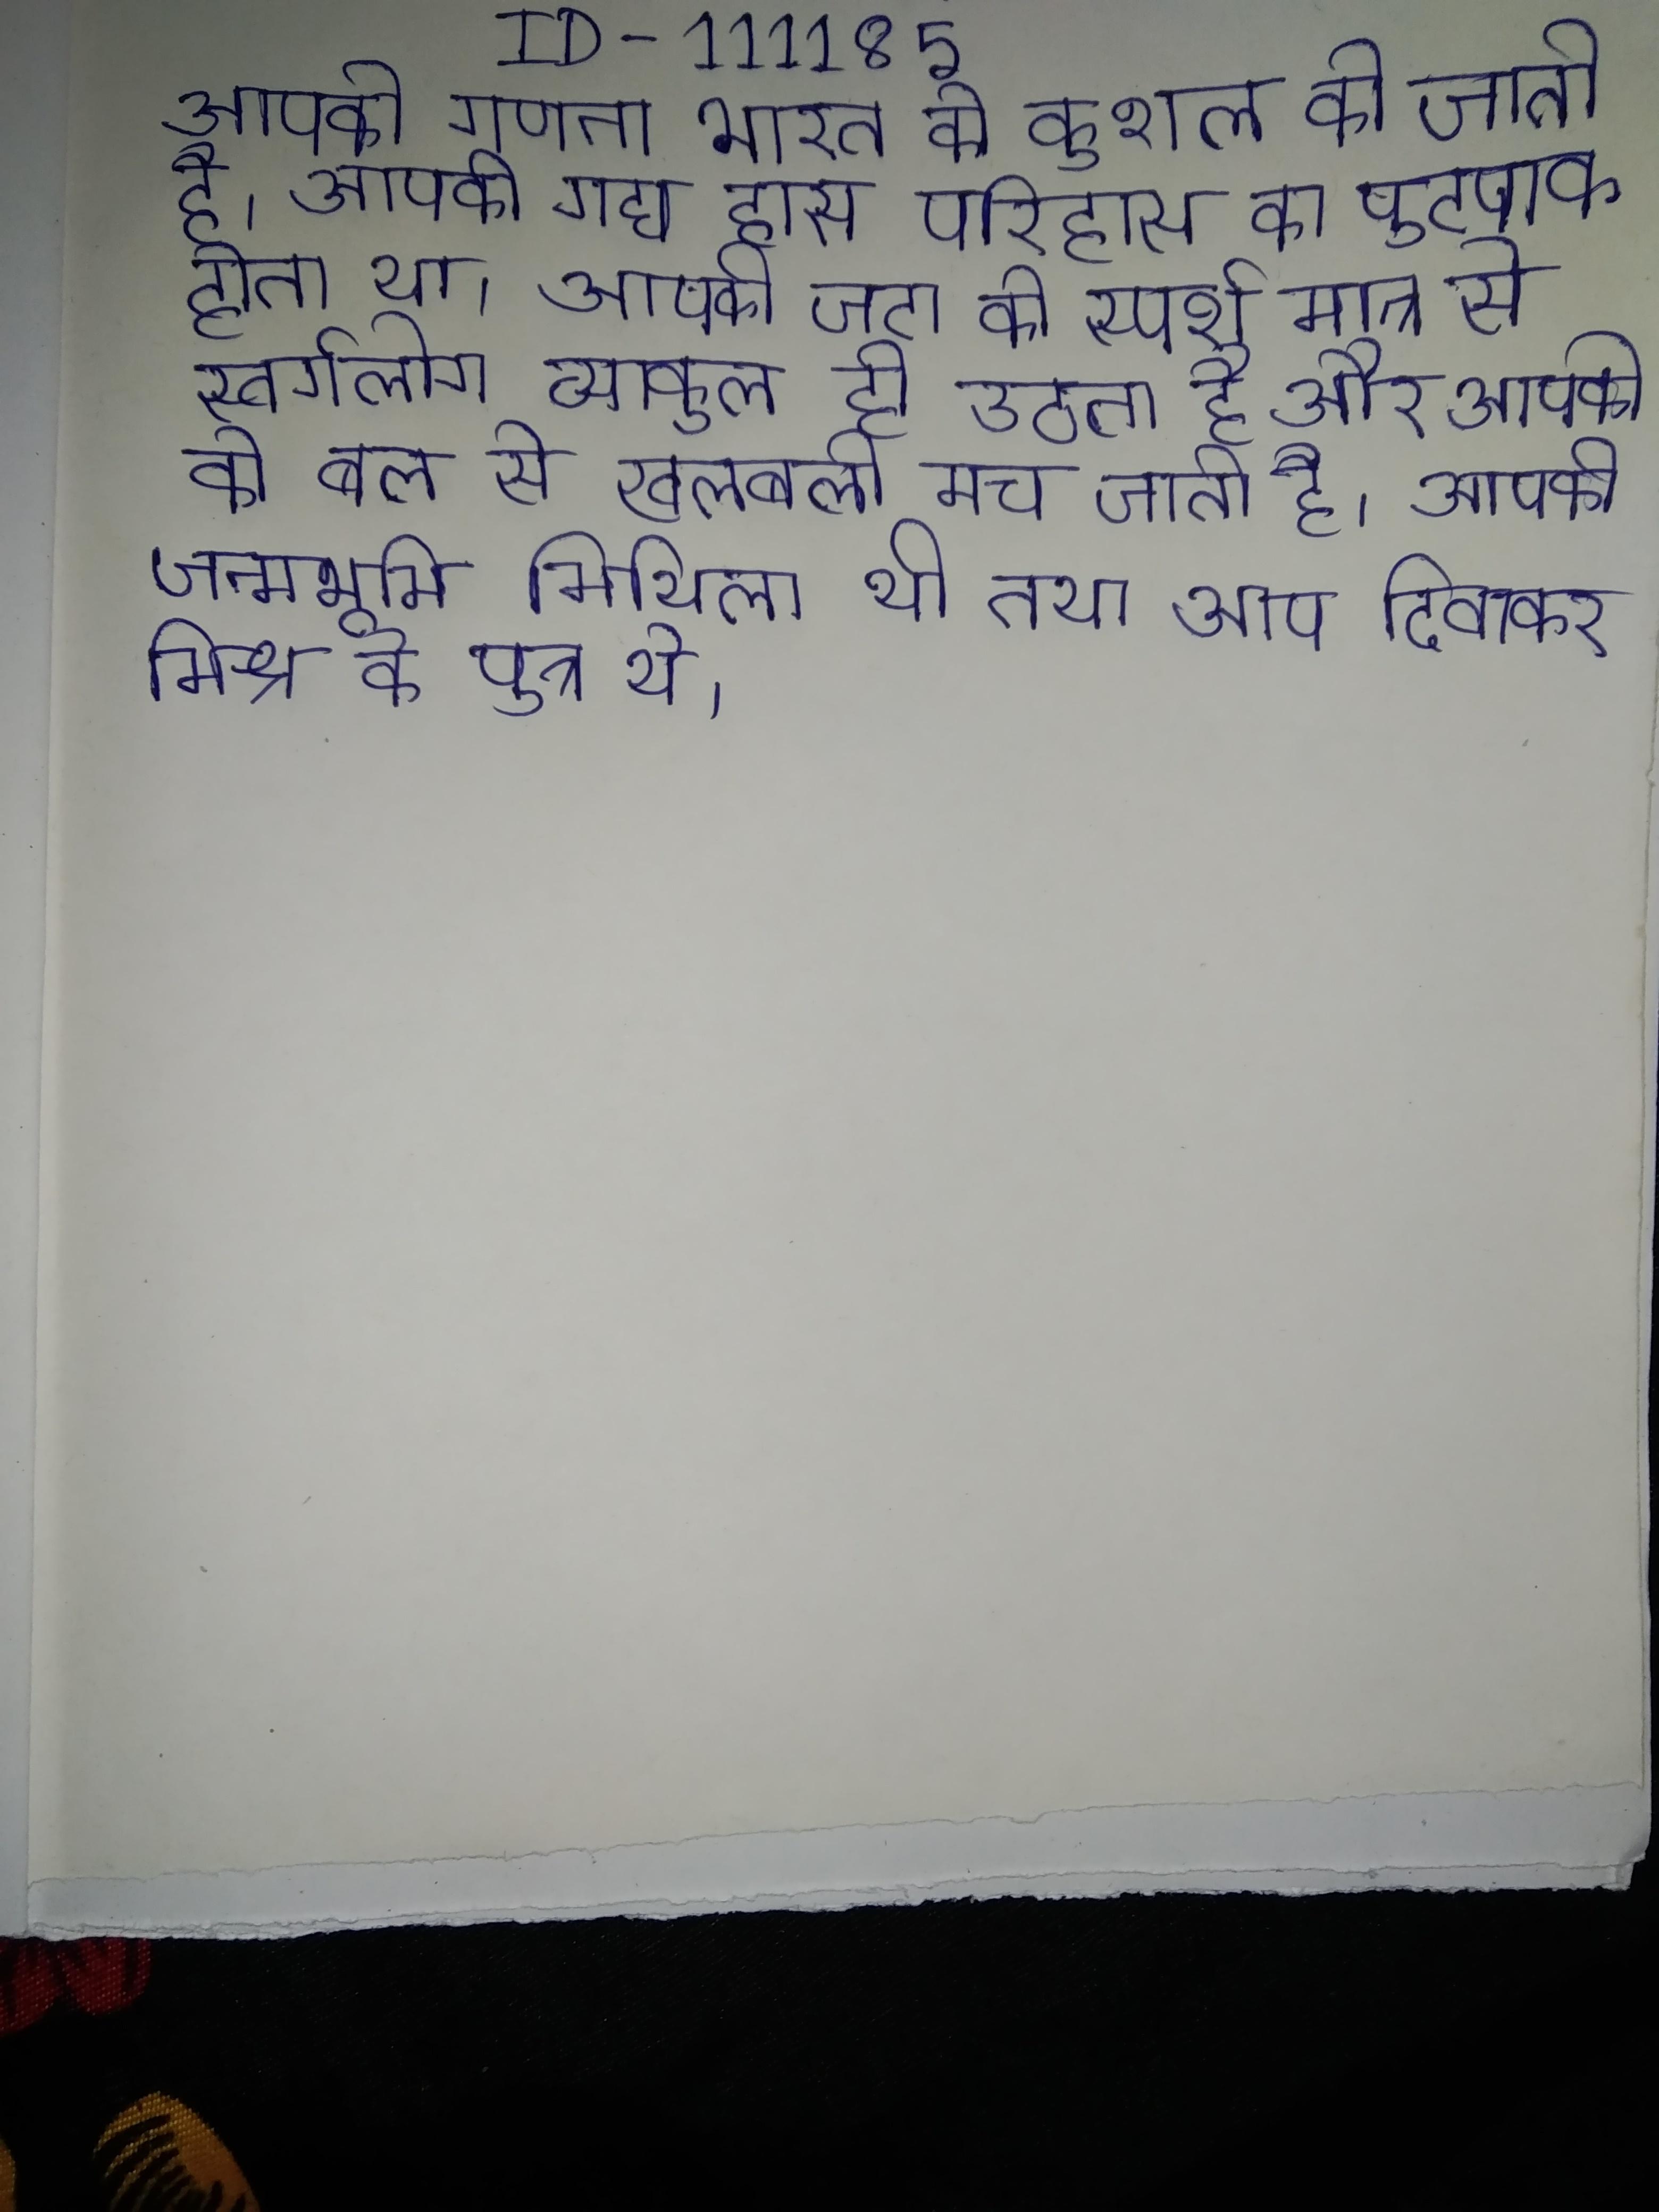
आपकी गणना भारत के कुशल की जाती है । आपकी गद्य हास परिहास का पुटपाक होता था । आपकी जटा के स्पर्श मात्र से स्वर्गलोग व्याकुल हो उठता है और आपकी के बल से खलबली मच जाती है । आपकी जन्मभूमि मिथिला थी तथा आप दिवाकर मिश्र के पुत्र थे ।